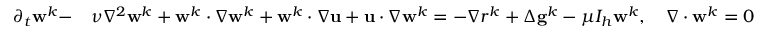
\begin{array} { r l } { \partial _ { t } \mathbf { w } ^ { k } - } & { \nu \nabla ^ { 2 } \mathbf { w } ^ { k } + \mathbf { w } ^ { k } \cdotp \nabla \mathbf { w } ^ { k } + \mathbf { w } ^ { k } \cdotp \nabla \mathbf { u } + \mathbf { u } \cdotp \nabla \mathbf { w } ^ { k } = - \nabla r ^ { k } + \Delta \mathbf { g } ^ { k } - \mu I _ { h } \mathbf { w } ^ { k } , \quad \nabla \cdotp \mathbf { w } ^ { k } = 0 } \end{array}